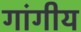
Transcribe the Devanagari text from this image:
गांगीय